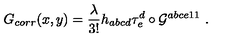
G _ { c o r r } ( x , y ) = \frac { \lambda } { 3 ! } h _ { a b c d } \tau _ { e } ^ { d } \circ { \cal { G } } ^ { a b c e 1 1 } \ .